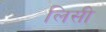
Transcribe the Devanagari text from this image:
लिसी